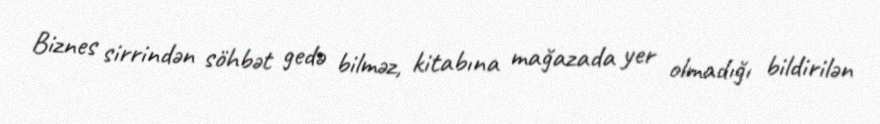
Biznes sirrindən söhbət gedə bilməz, kitabına mağazada yer olmadığı bildirilən